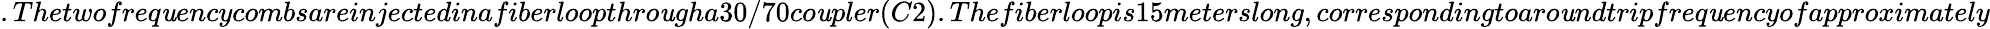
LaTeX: .Thetwofreq\mathit{u}encycombsareinjectedinafiberloopthro\mathit{u}gha30/70co\mathit{u}pler(C2).Thefiberloopis15meterslong,correspondingtoaro\mathit{u}ndtripfreq\mathit{u}encyofapproximately